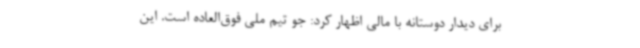
برای دیدار دوستانه با مالی اظهار کرد: جو تیم ملی فوق‌العاده است. این